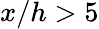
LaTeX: x/h>5